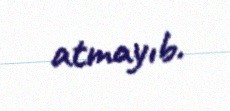
atmayıb.